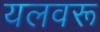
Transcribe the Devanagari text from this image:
यलवरू